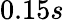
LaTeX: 0.15s